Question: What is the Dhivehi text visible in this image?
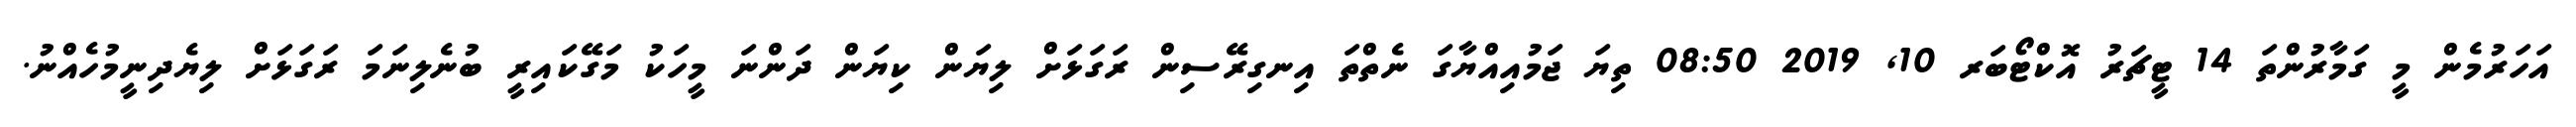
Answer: އަހަރުމެން މީ ގަމާރުންތަ 14 ޓީޗަރު އޮކްޓޯބަރ 10, 2019 08:50 ތިޔަ ޖަމުއިއްޔާގަ ނެތްތަ އިނގިރޭސިން ރަގަޅަށް ލިޔަން ކިޔަން ދަންނަ މީހަކު މަގޭކައިރީ ބުނެލިނަމަ ރަގަޅަށް ލިޔެދިނީމުހެއްނު.